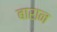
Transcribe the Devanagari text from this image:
बारान